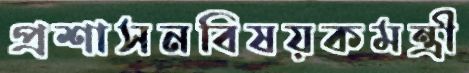
প্রশাসনবিষয়কমন্ত্রী